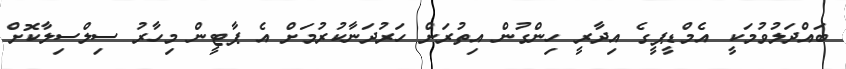
ބައްދަލުވުމަކީ އެމްޑީޕީގެ އިދާރީ ހިންގުން އިތުރަށް ހަރުދަނާކުރުމަށް އެ ޕާޓީން މިހާރު ސިލްސިލާކޮށް